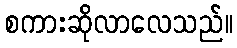
စကားဆိုလာလေသည်။